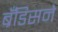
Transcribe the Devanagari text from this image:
ब्रँडिसने